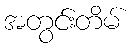
အတွင်းတိမ်